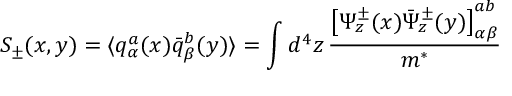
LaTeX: S _ { \pm } ( x , y ) = \langle q _ { \alpha } ^ { a } ( x ) { \bar { q } } _ { \beta } ^ { b } ( y ) \rangle = \int d ^ { 4 } z \, \frac { \left[ \Psi _ { z } ^ { \pm } ( x ) { \bar { \Psi } } _ { z } ^ { \pm } ( y ) \right] _ { \alpha \beta } ^ { a b } } { m ^ { * } }